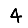
Digit: 4